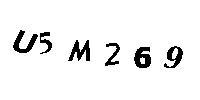
U5M269